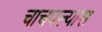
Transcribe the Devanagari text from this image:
चाचपल्यास